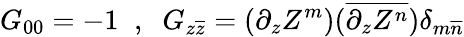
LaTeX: G_{00}=-1\; \; ,\; \; G_{z\overline{{{z}}}}=(\partial_{z}Z^{m})(\overline{{{\partial_{z}Z^{n}}}})\delta_{m\overline{{{n}}}}